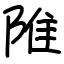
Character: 陮